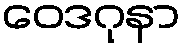
ဝေဒဂုနာ